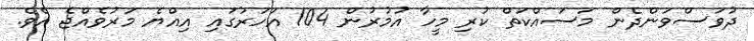
ދުވަސްވަންދެން މަސައްކަތް ކުރި މީހާ އުމުރުން 104 އަހަރުގައި އިއްޔެ މަރުވެއްޖެ އެވެ.